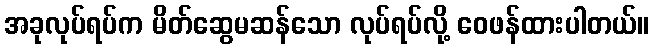
အခုလုပ်ရပ်က မိတ်ဆွေမဆန်သော လုပ်ရပ်လို့ ဝေဖန်ထားပါတယ်။